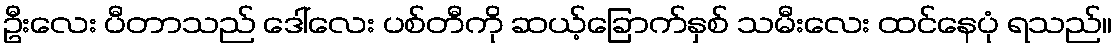
ဦးလေး ပီတာသည် ဒေါ်လေး ပစ်တီကို ဆယ့်ခြောက်နှစ် သမီးလေး ထင်နေပုံ ရသည်။